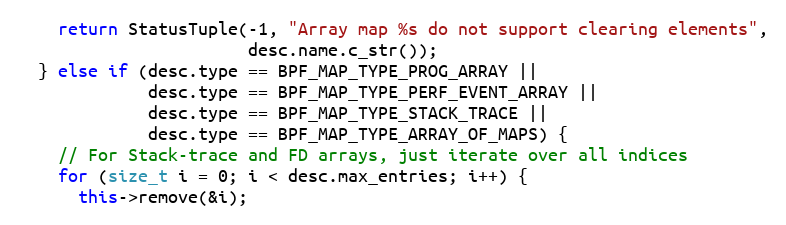
Language: C++
    return StatusTuple(-1, "Array map %s do not support clearing elements",
                       desc.name.c_str());
  } else if (desc.type == BPF_MAP_TYPE_PROG_ARRAY ||
             desc.type == BPF_MAP_TYPE_PERF_EVENT_ARRAY ||
             desc.type == BPF_MAP_TYPE_STACK_TRACE ||
             desc.type == BPF_MAP_TYPE_ARRAY_OF_MAPS) {
    // For Stack-trace and FD arrays, just iterate over all indices
    for (size_t i = 0; i < desc.max_entries; i++) {
      this->remove(&i);